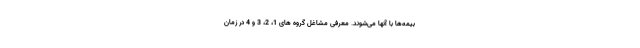
بیمه‌ها با آنها می‌شوند. معرفی مشاغل گروه های 1، 2، 3 و 4 در زمان